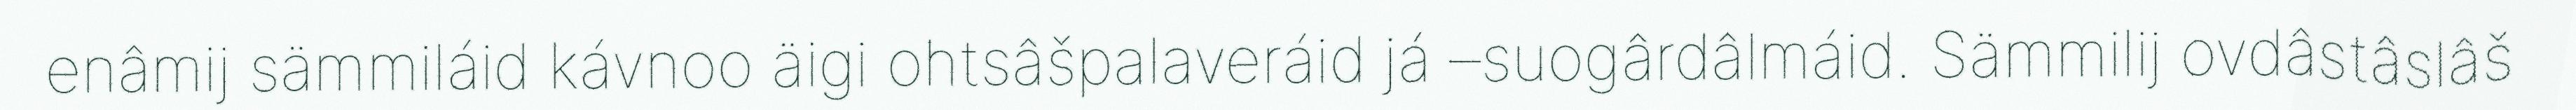
enâmij sämmiláid kávnoo äigi ohtsâšpalaveráid já –suogârdâlmáid. Sämmilij ovdâstâslâš